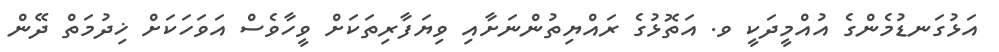
އަޅުގަނޑުމެންގެ އުއްމީދަކީ ވ. އަތޮޅުގެ ރައްޔިތުންނަށާއި ވިޔަފާރިތަކަށް ވީހާވެސް އަވަހަކަށް ޚިދުމަތް ދޭން